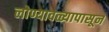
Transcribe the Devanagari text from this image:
लोण्यावळ्यापासून